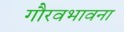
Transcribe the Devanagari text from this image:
गौरवभावना